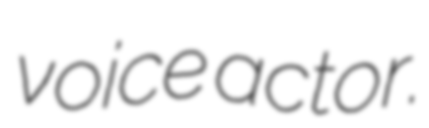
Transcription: voice actor.